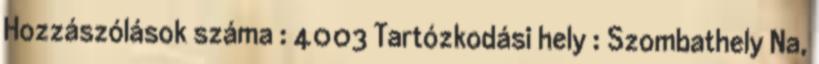
Hozzászólások száma : 4003 Tartózkodási hely : Szombathely Na,